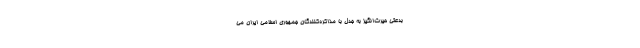
بدعتی حیرت‌انگیز به جدل با مذاکره‌کنندگان جمهوری اسلامی ایران می‌